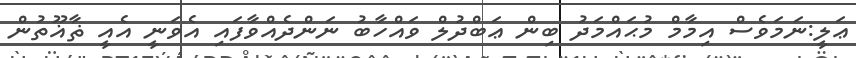
ޢަލީ:ނަމަވެސް އިމާމް މުޙައްމަދު ބިން ޢަބްދުލް ވައްހާބު ނަންދެއްވާފައި އެވަނީ އެއީ ޡާޣޫތުން